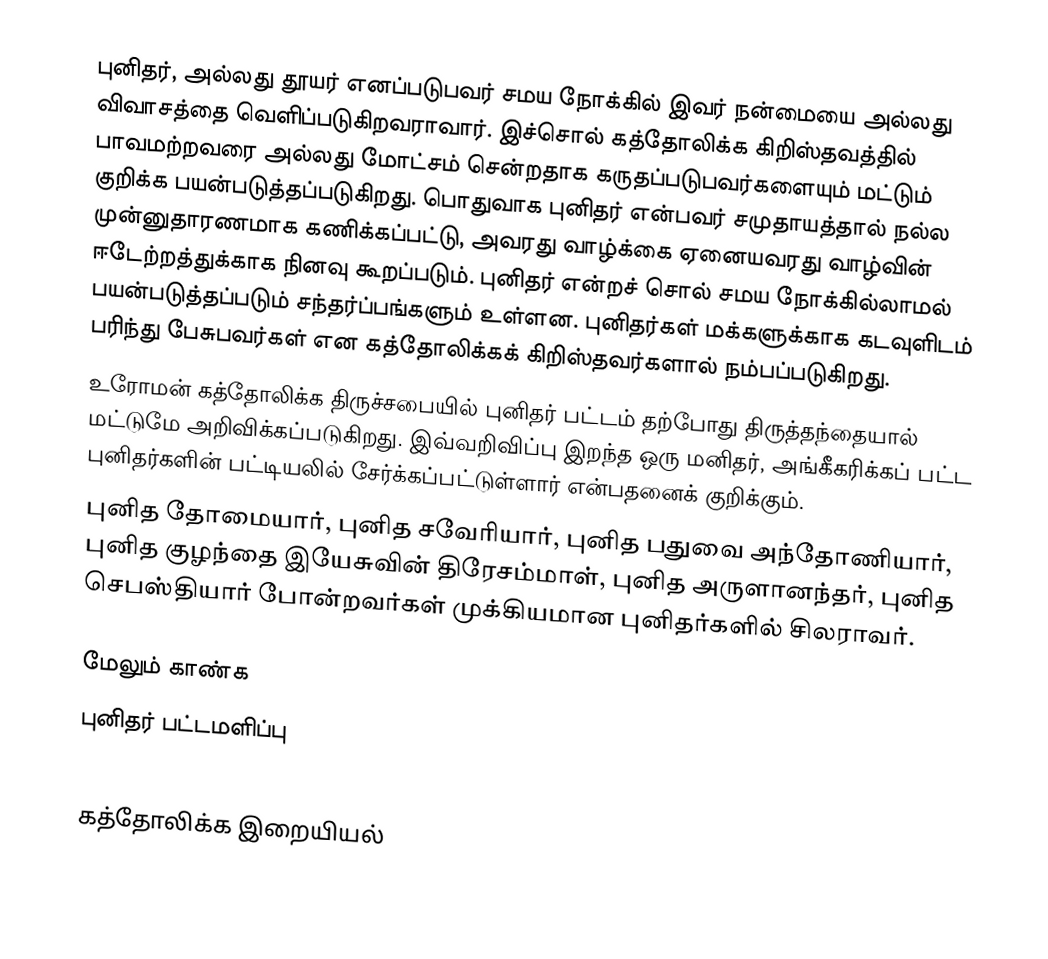
புனிதர், அல்லது தூயர் எனப்படுபவர் சமய நோக்கில் இவர் நன்மையை அல்லது விவாசத்தை வெளிப்படுகிறவராவார். இச்சொல் கத்தோலிக்க கிறிஸ்தவத்தில் பாவமற்றவரை அல்லது மோட்சம் சென்றதாக கருதப்படுபவர்களையும் மட்டும் குறிக்க பயன்படுத்தப்படுகிறது. பொதுவாக புனிதர் என்பவர் சமுதாயத்தால் நல்ல முன்னுதாரணமாக கணிக்கப்பட்டு, அவரது வாழ்க்கை ஏனையவரது வாழ்வின் ஈடேற்றத்துக்காக நினவு கூறப்படும். புனிதர் என்றச் சொல் சமய நோக்கில்லாமல் பயன்படுத்தப்படும் சந்தர்ப்பங்களும் உள்ளன. புனிதர்கள் மக்களுக்காக கடவுளிடம் பரிந்து பேசுபவர்கள் என கத்தோலிக்கக் கிறிஸ்தவர்களால் நம்பப்படுகிறது.
உரோமன் கத்தோலிக்க திருச்சபையில் புனிதர் பட்டம் தற்போது திருத்தந்தையால் மட்டுமே அறிவிக்கப்படுகிறது. இவ்வறிவிப்பு இறந்த ஒரு மனிதர், அங்கீகரிக்கப் பட்ட புனிதர்களின் பட்டியலில் சேர்க்கப்பட்டுள்ளார் என்பதனைக் குறிக்கும்.
புனித தோமையார், புனித சவேரியார், புனித பதுவை அந்தோணியார், புனித குழந்தை இயேசுவின் திரேசம்மாள், புனித அருளானந்தர், புனித செபஸ்தியார் போன்றவர்கள் முக்கியமான புனிதர்களில் சிலராவர்.

மேலும் காண்க
 புனிதர் பட்டமளிப்பு

கத்தோலிக்க இறையியல்